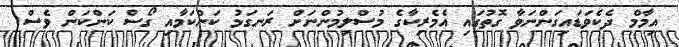
އިމާމް ދެކެވަޑައިގަންނަވާ ގޮތުގައި އެމެރިކާގެ މުސްލިމުންނަށް ރަނގަޅު ކަންކަމާއި ގޯސް ކަންކަން ވެސް